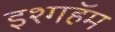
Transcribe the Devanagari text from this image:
इश्गहॅम